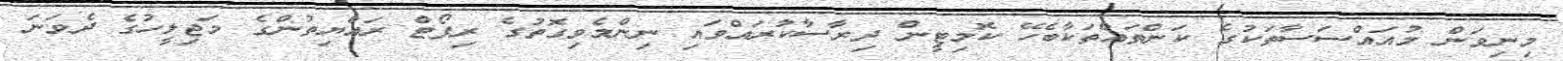
މިނިވަން މުއައްސަސާތަކުގެ ކަންތައްތަކާބެހޭ ކޮމިޓީން ދިރާސާކުރައްވައި ނިންމެވިގޮތުގެ ރިޕޯޓް ރައްޔިތުންގެ މަޖިލީހުގެ ދެވަނަ